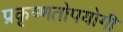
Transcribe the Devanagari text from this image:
प्रकृष्णतोपयोगी